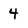
Character: 4